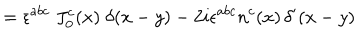
LaTeX: = \epsilon ^ { a b c } \; J _ { 0 } ^ { c } ( x ) \; \delta ( x - y ) - 2 i \epsilon ^ { a b c } n ^ { c } ( x ) \, \delta ^ { \prime } ( x - y )